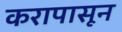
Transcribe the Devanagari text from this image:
करापासून